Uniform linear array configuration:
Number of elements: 48
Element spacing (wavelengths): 0.75
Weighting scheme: uniform
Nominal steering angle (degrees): -45
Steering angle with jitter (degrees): -43.333
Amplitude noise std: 0.05
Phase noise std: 0.05

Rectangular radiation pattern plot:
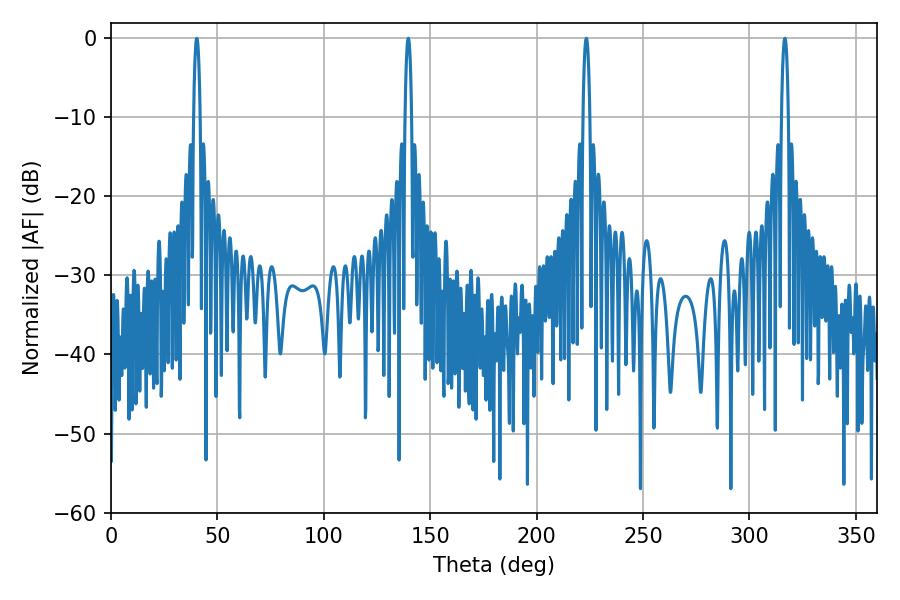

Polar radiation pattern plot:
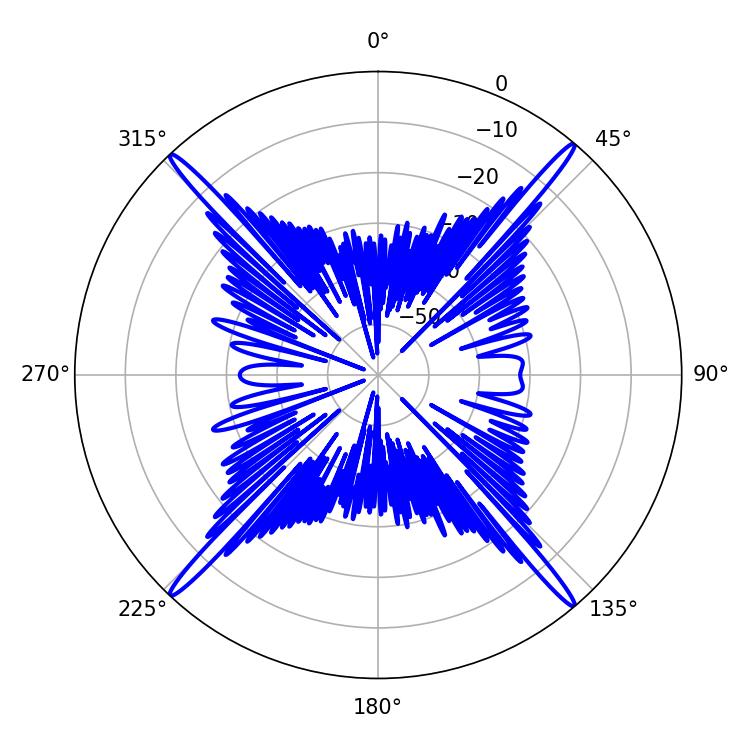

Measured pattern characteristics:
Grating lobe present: TRUE
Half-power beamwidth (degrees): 1.8
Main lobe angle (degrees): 40.32